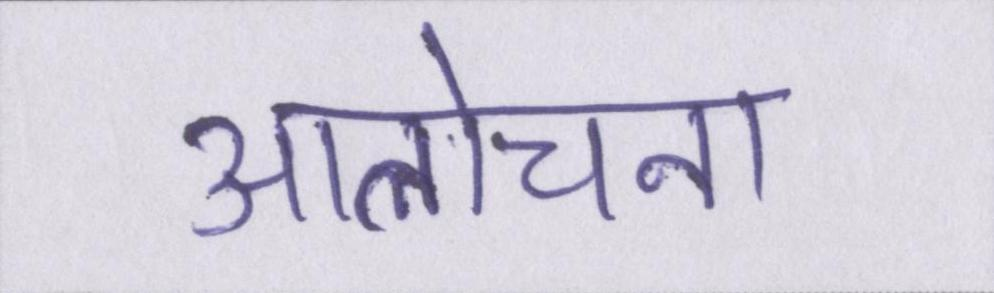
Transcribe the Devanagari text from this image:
आलोचना